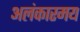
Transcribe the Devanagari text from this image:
अलंकारमय